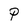
Character: P